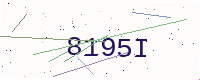
Text: 8195I